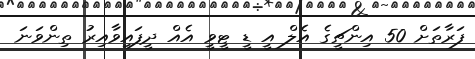
ފަރާތަށް 50 އިންޗީގެ އެލް އީ ޑީ ޓީވީ އެއް ދީފައިވާއިރު ތިންވަނަ